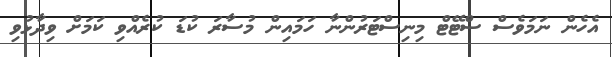
އެހެން ނަމަވެސް ސްޓޭޓް މިނިސްޓަރުންނާ ހަމައިން މުސާރަ ކުޑަ ކުރެއްވި ކަމަށް ވިދާޅުވި